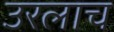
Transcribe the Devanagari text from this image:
उरलाच